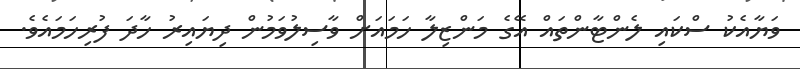
ވަޔާއެކު ސްކައި ލެންޓާންތައް އޭގެ މަންޒިލާ ހަމައަށް ވާސިލުވަމުން ދިޔައިރު ހާދަ ފުރިހަމައެވެ.